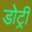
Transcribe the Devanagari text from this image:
डोट्री